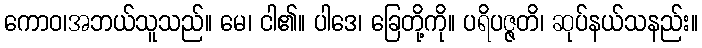
ကောဝ၊အဘယ်သူသည်။ မေ၊ ငါ၏။ ပါဒေ၊ ခြေတို့ကို။ ပရိပဇ္ဇတိ၊ ဆုပ်နယ်သနည်း။